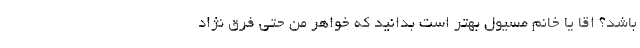
باشد؟ اقا یا خانم مسئول بهتر است بدانید که خواهر من حتی فرق نژاد